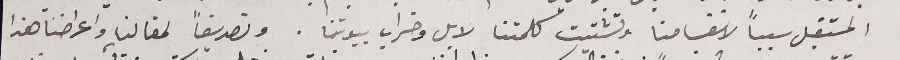
المستقبل سبباً لانقسامنا وتشتيت كلمتنا لابل وخراب بيوتنا. وتصديقاً لمقالنا واعراضنا هذا